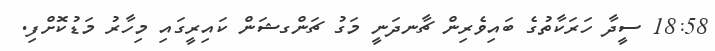
18:58 ސީދާ ހަރަކާތުގެ ބައިވެރިން ޗާނދަނީ މަގު ޗަންގޝަން ކައިރީގައި މިހާރު މަޑުކޮށްފި.